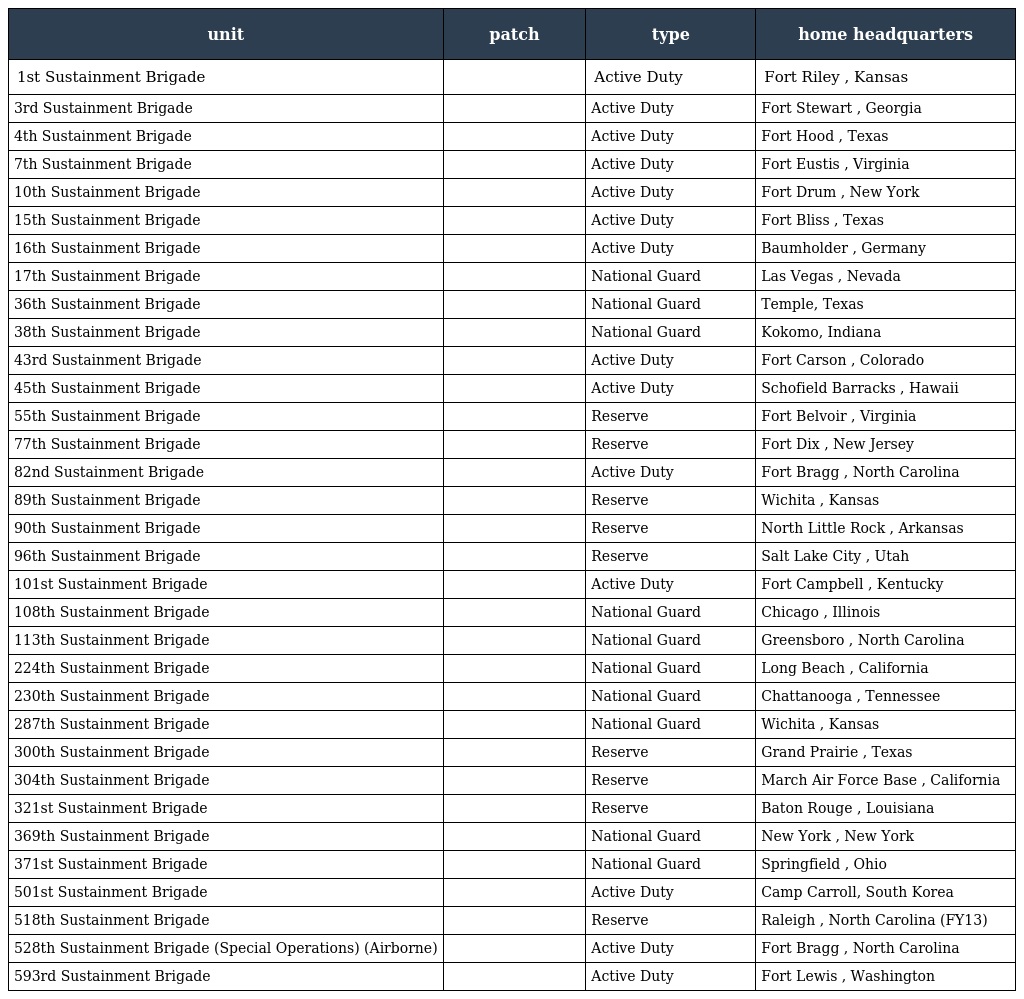
| unit | patch | type | home headquarters |
 | --- | --- | --- | --- |
 | 1st Sustainment Brigade |  | Active Duty | Fort Riley , Kansas |
 | 3rd Sustainment Brigade |  | Active Duty | Fort Stewart , Georgia |
 | 4th Sustainment Brigade |  | Active Duty | Fort Hood , Texas |
 | 7th Sustainment Brigade |  | Active Duty | Fort Eustis , Virginia |
 | 10th Sustainment Brigade |  | Active Duty | Fort Drum , New York |
 | 15th Sustainment Brigade |  | Active Duty | Fort Bliss , Texas |
 | 16th Sustainment Brigade |  | Active Duty | Baumholder , Germany |
 | 17th Sustainment Brigade |  | National Guard | Las Vegas , Nevada |
 | 36th Sustainment Brigade |  | National Guard | Temple, Texas |
 | 38th Sustainment Brigade |  | National Guard | Kokomo, Indiana |
 | 43rd Sustainment Brigade |  | Active Duty | Fort Carson , Colorado |
 | 45th Sustainment Brigade |  | Active Duty | Schofield Barracks , Hawaii |
 | 55th Sustainment Brigade |  | Reserve | Fort Belvoir , Virginia |
 | 77th Sustainment Brigade |  | Reserve | Fort Dix , New Jersey |
 | 82nd Sustainment Brigade |  | Active Duty | Fort Bragg , North Carolina |
 | 89th Sustainment Brigade |  | Reserve | Wichita , Kansas |
 | 90th Sustainment Brigade |  | Reserve | North Little Rock , Arkansas |
 | 96th Sustainment Brigade |  | Reserve | Salt Lake City , Utah |
 | 101st Sustainment Brigade |  | Active Duty | Fort Campbell , Kentucky |
 | 108th Sustainment Brigade |  | National Guard | Chicago , Illinois |
 | 113th Sustainment Brigade |  | National Guard | Greensboro , North Carolina |
 | 224th Sustainment Brigade |  | National Guard | Long Beach , California |
 | 230th Sustainment Brigade |  | National Guard | Chattanooga , Tennessee |
 | 287th Sustainment Brigade |  | National Guard | Wichita , Kansas |
 | 300th Sustainment Brigade |  | Reserve | Grand Prairie , Texas |
 | 304th Sustainment Brigade |  | Reserve | March Air Force Base , California |
 | 321st Sustainment Brigade |  | Reserve | Baton Rouge , Louisiana |
 | 369th Sustainment Brigade |  | National Guard | New York , New York |
 | 371st Sustainment Brigade |  | National Guard | Springfield , Ohio |
 | 501st Sustainment Brigade |  | Active Duty | Camp Carroll, South Korea |
 | 518th Sustainment Brigade |  | Reserve | Raleigh , North Carolina (FY13) |
 | 528th Sustainment Brigade (Special Operations) (Airborne) |  | Active Duty | Fort Bragg , North Carolina |
 | 593rd Sustainment Brigade |  | Active Duty | Fort Lewis , Washington |